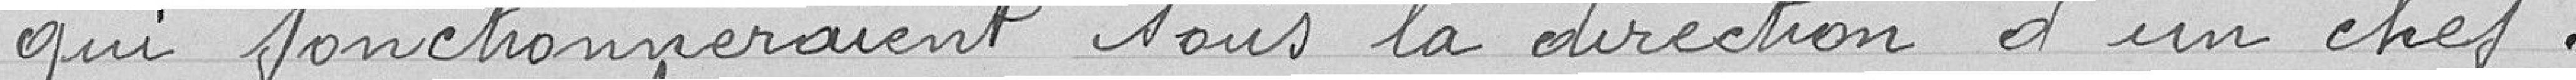
qui fonctionneraient sous la direction d'un chef.